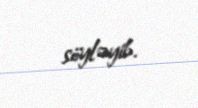
söyləyib.